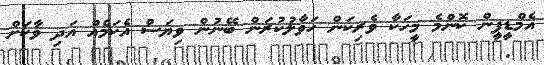
އެމްޑީޕީން ކޮންމެ މީހަކާ ވެރިކަން ހަވާލުކުރަން ބޭނުން ވިޔަސް އެކަމެއް އަދި ވާކަށް